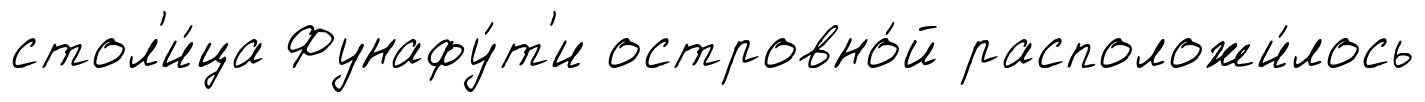
стол'и́ца Фунафу́т'и островно́й расположи́лось